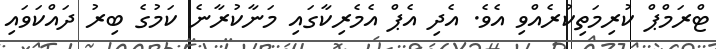
ޓްރަމްޕް ކުރިމަތިކުރެއްވި އެވެ. އެދި އެޕް އެމެރިކާގައި މަނާކުރާނެ ކަމުގެ ބިރު ދައްކަވައި